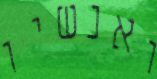
ואנשיו